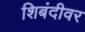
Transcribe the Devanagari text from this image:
शिबंदीवर